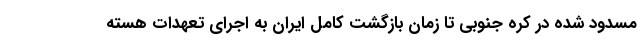
مسدود شده در کره جنوبی تا زمان بازگشت کامل ایران به اجرای تعهدات هسته